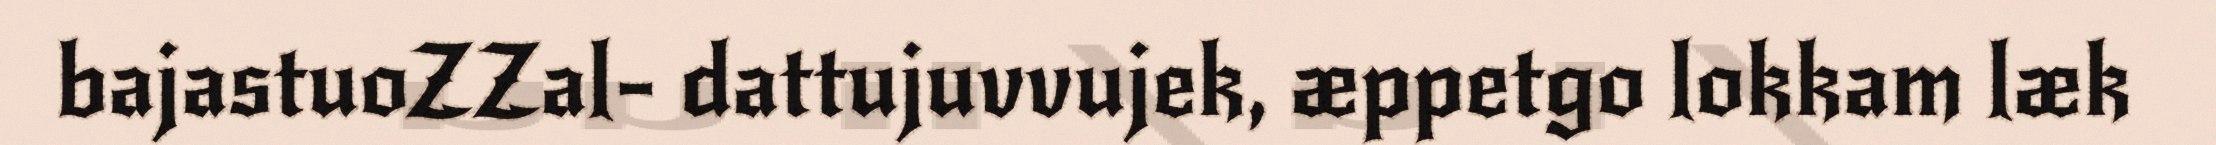
bajastuoZZal- dattujuvvujek, æppetgo lokkam læk